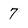
Character: 7